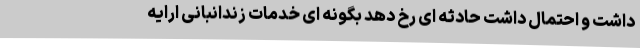
داشت و احتمال داشت حادثه ای رخ دهد بگونه ای خدمات زندانبانی ارایه